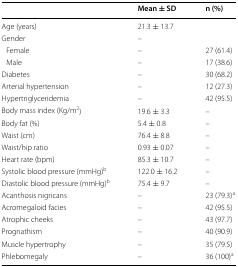
<table><thead><tr><td></td><td><b>Mean ± SD</b></td><td><b>n (%)</b></td></tr></thead><tbody><tr><td>Age (years)</td><td>21.3 ± 13.7</td><td></td></tr><tr><td>Gender</td><td>–</td><td></td></tr><tr><td> Female</td><td>–</td><td>27 (61.4)</td></tr><tr><td> Male</td><td>–</td><td>17 (38.6)</td></tr><tr><td>Diabetes</td><td>–</td><td>30 (68.2)</td></tr><tr><td>Arterial hypertension</td><td>–</td><td>12 (27.3)</td></tr><tr><td>Hypertriglyceridemia</td><td>–</td><td>42 (95.5)</td></tr><tr><td>Body mass index (Kg/m<sup>2</sup>)</td><td>19.6 ± 3.3</td><td>–</td></tr><tr><td>Body fat (%)</td><td>5.4 ± 0.8</td><td>–</td></tr><tr><td>Waist (cm)</td><td>76.4 ± 8.8</td><td>–</td></tr><tr><td>Waist/hip ratio</td><td>0.93 ± 0.07</td><td>–</td></tr><tr><td>Heart rate (bpm)</td><td>85.3 ± 10.7</td><td>–</td></tr><tr><td>Systolic blood pressure (mmHg)<sup>b</sup></td><td>122.0 ± 16.2</td><td>–</td></tr><tr><td>Diastolic blood pressure (mmHg)<sup>b</sup></td><td>75.4 ± 9.7</td><td>–</td></tr><tr><td>Acanthosis nigricans</td><td>–</td><td>23 (79.3)<sup>a</sup></td></tr><tr><td>Acromegaloid facies</td><td>–</td><td>42 (95.5)</td></tr><tr><td>Atrophic cheeks</td><td>–</td><td>43 (97.7)</td></tr><tr><td>Prognathism</td><td>–</td><td>40 (90.9)</td></tr><tr><td>Muscle hypertrophy</td><td>–</td><td>35 (79.5)</td></tr><tr><td>Phlebomegaly</td><td>–</td><td>36 (100)<sup>a</sup></td></tr></tbody></table>